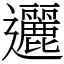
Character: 邐